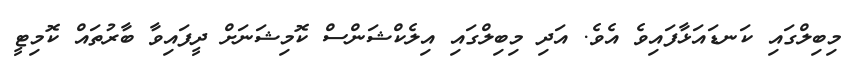
މިބިލްގައި ކަނޑައަޅާފައިވެ އެވެ. އަދި މިބިލްގައި އިލެކްޝަންސް ކޮމިޝަނަށް ދީފައިވާ ބާރުތައް ކޮމިޓީ